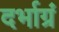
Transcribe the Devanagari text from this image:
दर्भाग्रं